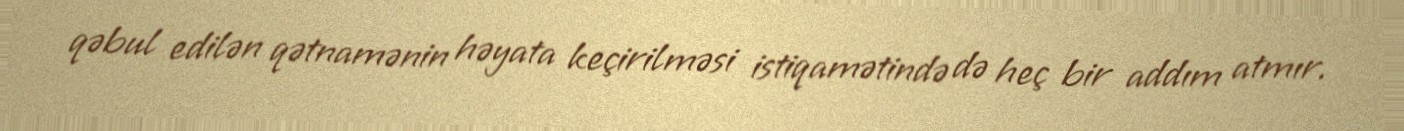
qəbul edilən qətnamənin həyata keçirilməsi istiqamətində də heç bir addım atmır.